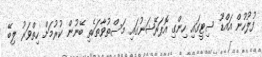
ފުލުހުން އައްޑޫ ސިޓީގައި ހިންގި އޮޕަރޭޝަނުގައި މަސްތުވާތަކެތި ބޭނުން ކުރުމަށް ހިތްވަރު ލިބޭ